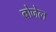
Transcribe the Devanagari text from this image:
बोजेल